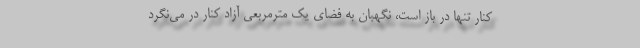
كنار تنها در باز است، نگهبان به فضاي يك مترمربعي آزاد كنار در مي‌نگرد